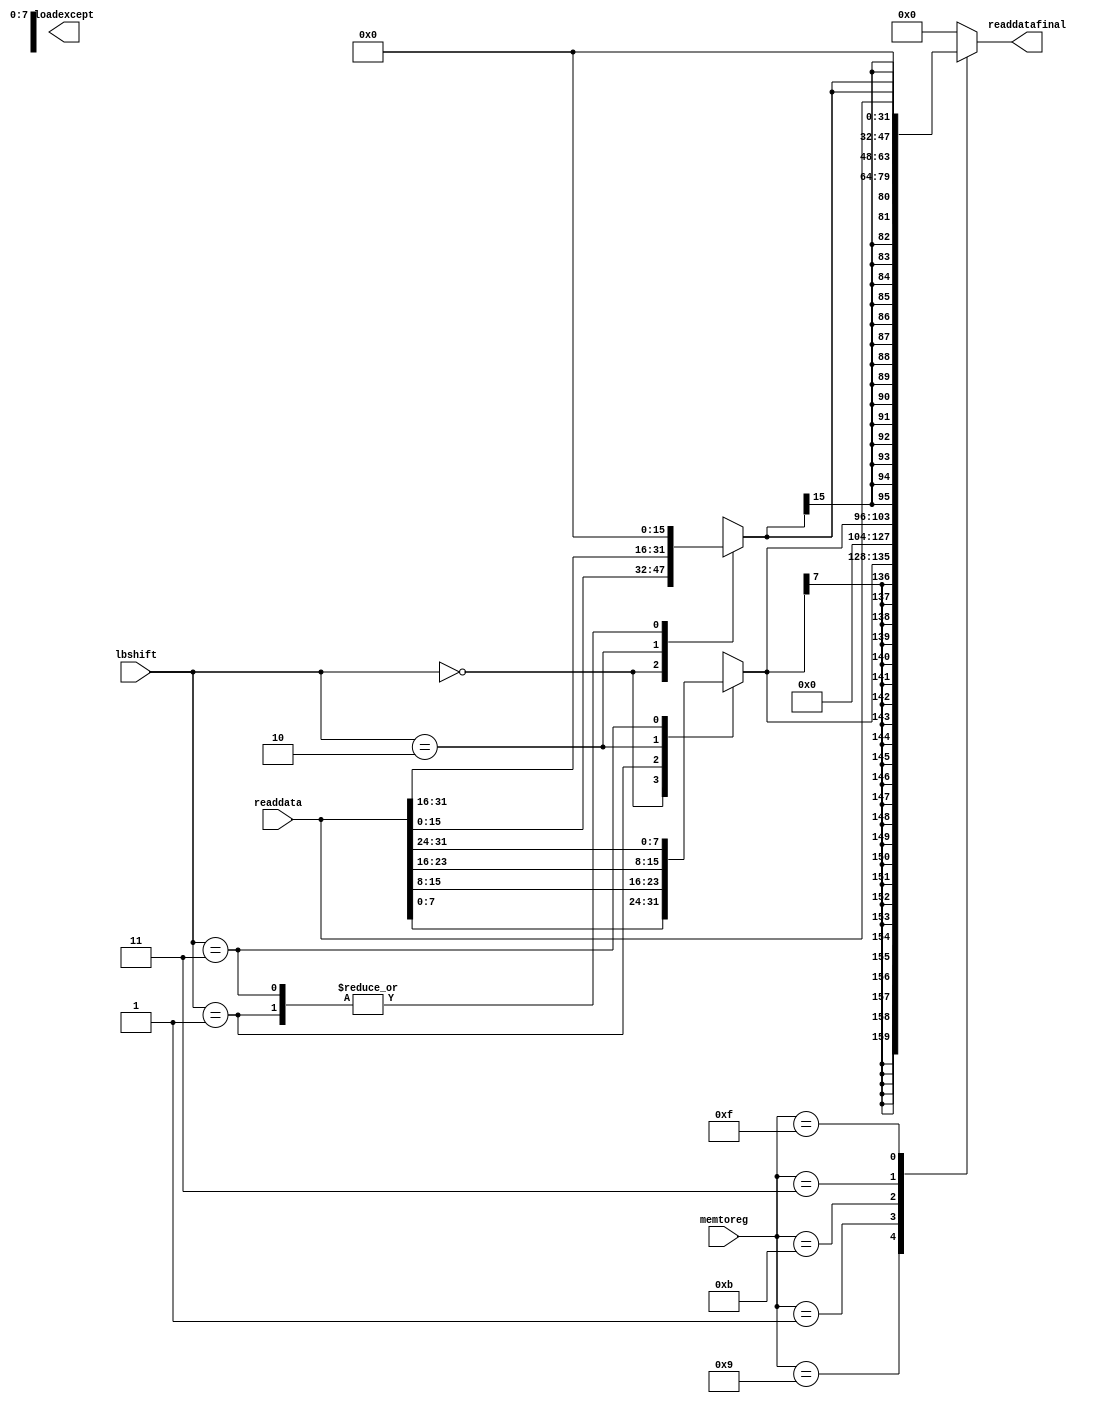
`timescale 1ns / 1ps
//////////////////////////////////////////////////////////////////////////////////
// Company: 
// Engineer: 
// 
// Design Name: 
// Module Name: load
// Project Name: 
// Target Devices: 
// Tool Versions: 
// Description: 
// 
// Dependencies: 
// 
// Revision:
// Revision 0.01 - File Created
// Additional Comments:
// 
//////////////////////////////////////////////////////////////////////////////////


module load(
    input wire[31:0] readdata,
    input wire[3:0] memtoreg,
    input wire[1:0] lbshift,
    output reg[31:0] readdatafinal,
    output reg loadexcept
    );

    reg[7:0] temp1;
    reg[15:0] temp2;
    
    always @(*) begin
        case (lbshift)
            2'b00: begin temp1<=readdata[7:0]; temp2<=readdata[15:0]; end
            2'b01: begin temp1<=readdata[15:8]; temp2<=0; end
            2'b10: begin temp1<=readdata[23:16]; temp2<=readdata[31:16]; end
            2'b11: begin temp1<=readdata[31:24]; temp2<=0; end
        endcase
    end

    always @(*) begin
        case (memtoreg)
            4'b1001: readdatafinal<={{24{temp1[7]}},temp1};  //LB
            4'b0001: readdatafinal<={{24{1'b0}},temp1};  //LBU
            4'b1011: readdatafinal<={{16{temp2[15]}},temp2};  //LH
            4'b0011: readdatafinal<={{16{1'b0}},temp2};  //LHU
            4'b1111: readdatafinal<=readdata;  //LW
            default: readdatafinal<=0; 
        endcase
    end
endmodule